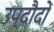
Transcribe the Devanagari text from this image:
उप्दौदों